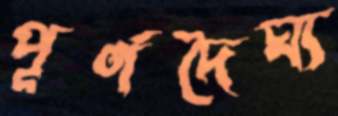
পূর্ণদৈঘ্য